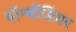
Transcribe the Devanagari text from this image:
बॉम्बॉर्डियर